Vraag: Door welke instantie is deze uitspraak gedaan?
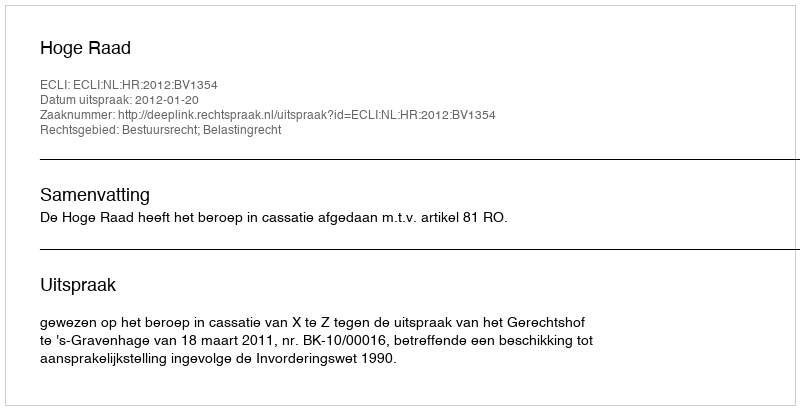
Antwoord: Hoge Raad